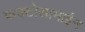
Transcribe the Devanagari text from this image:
फ्रक्टोसामाईन